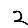
Digit: 2